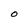
Character: O